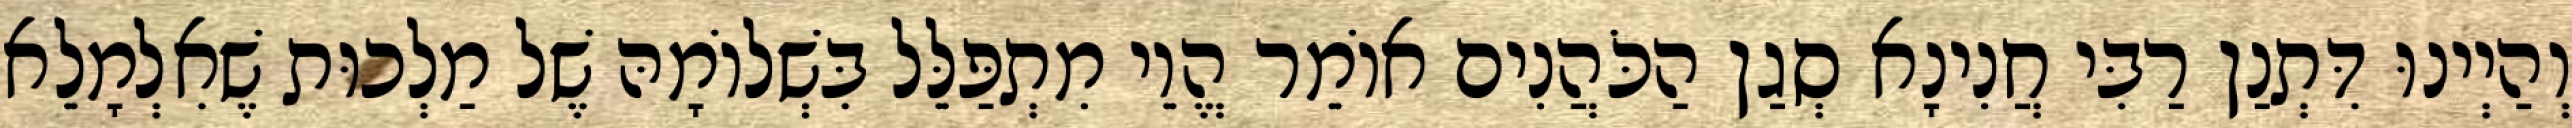
וְהַיְינוּ דִּתְנַן רַבִּי חֲנִינָא סְגַן הַכֹּהֲנִים אוֹמֵר הֱוֵי מִתְפַּלֵּל בִּשְׁלוֹמָהּ שֶׁל מַלְכוּת שֶׁאִלְמָלֵא